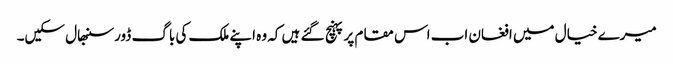
میرے خیال میں افغان اب اس مقام پر پہنچ گئے ہیں کہ وہ اپنے ملک کی باگ ڈور سنبھال سکیں۔